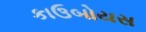
કાઉબોયસ